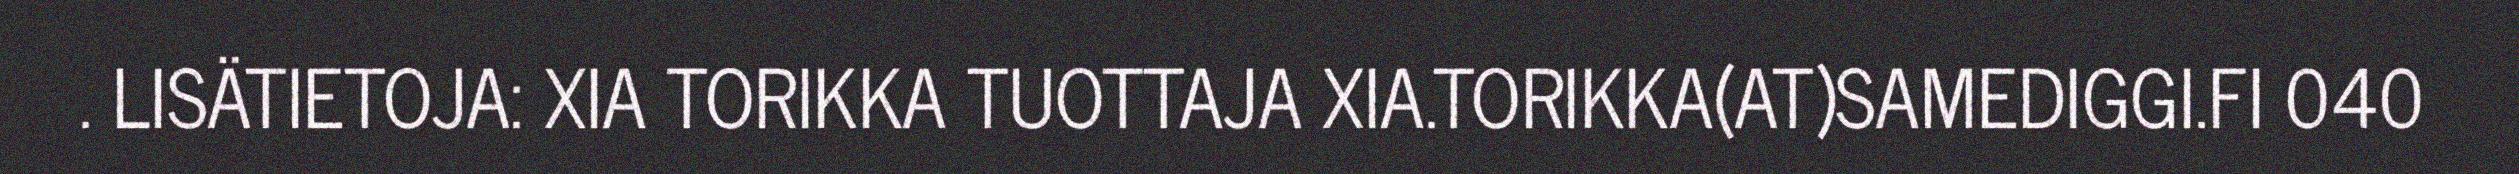
. LISÄTIETOJA: XIA TORIKKA TUOTTAJA XIA.TORIKKA(AT)SAMEDIGGI.FI 040